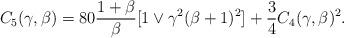
LaTeX: \begin{align*}C_5(\gamma,\beta) = 80\frac{1+\beta}{\beta} [1\vee \gamma^2 (\beta+1)^2]+\frac{3}{4}C_4(\gamma,\beta)^2.\end{align*}